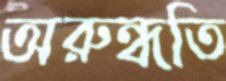
অরুন্ধতি